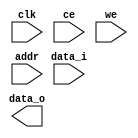
module mv_ram_1p_16x480(
				clk,
				ce,
				we,
				addr,
				data_i,
				data_o
);
parameter DATAWIDTH = 16;
parameter ADDRWIDTH = 9;

input	  clk ;
input     ce ;
input     we ;

input     [ADDRWIDTH-1 : 0] addr ;
input     [DATAWIDTH-1 : 0] data_i ;
output    [DATAWIDTH-1 : 0] data_o ;

`ifdef   RTL_MODEL
ram_1p      #(	.Word_Width ( DATAWIDTH ),
				.Addr_Width ( ADDRWIDTH )
)
ram_1p_16x480 (
				.clk       ( clk     ),   // write side 
				.cen_i     ( ~ce     ),
		        .oen_i     ( 1'b0    ),
		        .wen_i     ( ~we     ),   //write :low active 
		        .addr_i    ( addr    ),
		        .data_o    ( data_o  ),
		        .data_i    ( data_i  )
); 
`endif


`ifdef   FPGA_MODEL

ram_1p_16x480  u_ram_1p_16x480 (
	.clock  ( clk     ),
    .wren   ( we      ),   // write : high active 
	.address( addr    ),
	.data   ( data_i  ),
	.q      ( data_o  )
);

`endif


`ifdef   SMIC13_MODEL



`endif 


endmodule